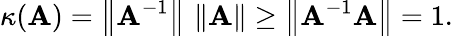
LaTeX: \kappa(\mathbf{A})=\left\| \mathbf{A}^{-1}\right\| \, \left\| \mathbf{A}\right\| \geq\left\| \mathbf{A}^{-1}\mathbf{A}\right\| =1.